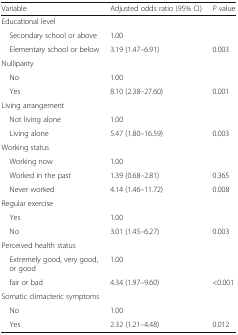
<table><thead><tr><td><b>Variable</b></td><td><b>Adjusted odds ratio (95% CI)</b></td><td><b><i>P</i> value</b></td></tr></thead><tbody><tr><td colspan="3">Educational level</td></tr><tr><td> Secondary school or above</td><td>1.00</td><td></td></tr><tr><td> Elementary school or below</td><td>3.19 (1.47–6.91)</td><td>0.003</td></tr><tr><td colspan="3">Nulliparity</td></tr><tr><td> No</td><td>1.00</td><td></td></tr><tr><td> Yes</td><td>8.10 (2.38–27.60)</td><td>0.001</td></tr><tr><td colspan="3">Living arrangement</td></tr><tr><td> Not living alone</td><td>1.00</td><td></td></tr><tr><td> Living alone</td><td>5.47 (1.80–16.59)</td><td>0.003</td></tr><tr><td colspan="3">Working status</td></tr><tr><td> Working now</td><td>1.00</td><td></td></tr><tr><td> Worked in the past</td><td>1.39 (0.68–2.81)</td><td>0.365</td></tr><tr><td> Never worked</td><td>4.14 (1.46–11.72)</td><td>0.008</td></tr><tr><td colspan="3">Regular exercise</td></tr><tr><td> Yes</td><td>1.00</td><td></td></tr><tr><td> No</td><td>3.01 (1.45–6.27)</td><td>0.003</td></tr><tr><td colspan="3">Perceived health status</td></tr><tr><td> Extremely good, very good, or good</td><td>1.00</td><td></td></tr><tr><td> fair or bad</td><td>4.34 (1.97–9.60)</td><td>&lt;0.001</td></tr><tr><td colspan="3">Somatic climacteric symptoms</td></tr><tr><td> No</td><td>1.00</td><td></td></tr><tr><td> Yes</td><td>2.32 (1.21–4.48)</td><td>0.012</td></tr></tbody></table>